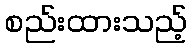
စည်းထားသည့်